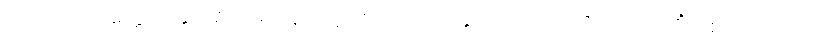
သေတမှိ ဆတ္တေ အနုဓာရိယမာနေ သဗ္ဗာ စ ဒိသာ အနုဝိလောကေတိ, အာသဘိံ ဝါစံ ဘာသတိ